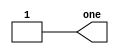
module top_module( output one );

// Insert your code here
    assign one = 'd1;
	
endmodule